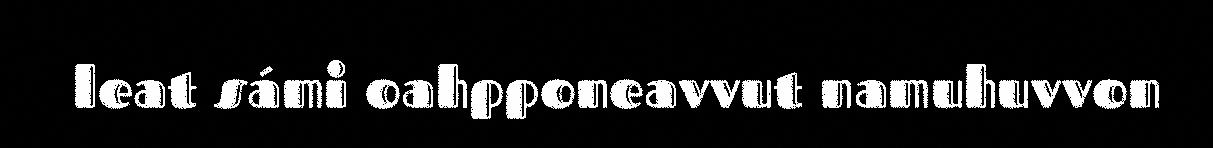
leat sámi oahpponeavvut namuhuvvon